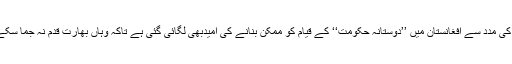
ان کی مدد سے افغانستان میں ’’دوستانہ حکومت‘‘ کے قیام کو ممکن بنانے کی امیدبھی لگائی گئی ہے تاکہ وہاں بھارت قدم نہ جما سکے ۔